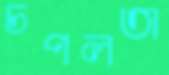
চপলতা